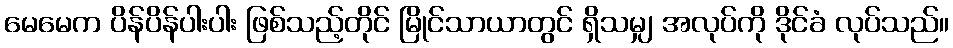
မေမေက ပိန်ပိန်ပါးပါး ဖြစ်သည့်တိုင် မြိုင်သာယာတွင် ရှိသမျှ အလုပ်ကို ဒိုင်ခံ လုပ်သည်။